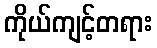
ကိုယ်ကျင့်တရား